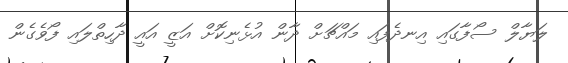
ލަޔާލް ސޯފާގައި އިނދެފައި މައްޗަށް ދާން އުޅެނިކޮށް އަޒީ އައީ ދާހިތްލައި ފޯވެގެން